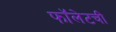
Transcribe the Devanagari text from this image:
फॉलेटची